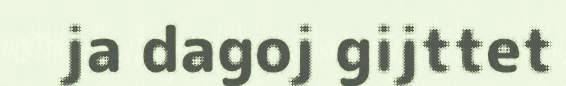
ja dagoj gijttet